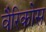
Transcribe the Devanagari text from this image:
वैरिकोस